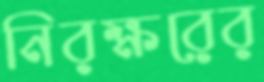
নিরক্ষরের